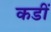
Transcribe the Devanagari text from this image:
कडीं